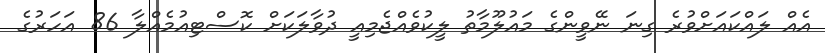
އެއް ލައްކައަށްވުރެ ގިނަ ނޭވީންގެ މައުލޫމާތު ލީކުވެއްޖެމިއީ ދުވާލަކަށް ކޮސްޓިއުމެއްލާ 86 އަހަރުގެ